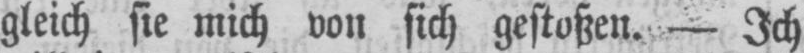
gleich sie mich von sich gestoßen. - Ich